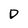
Character: D